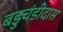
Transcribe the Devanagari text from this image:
बडुचंडीदास